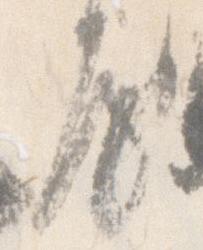
房